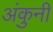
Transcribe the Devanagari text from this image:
अंकुनी